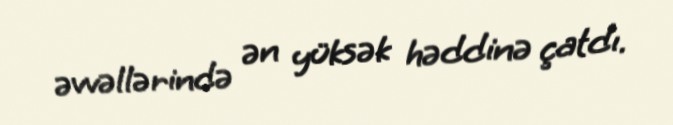
əvvəllərində ən yüksək həddinə çatdı.